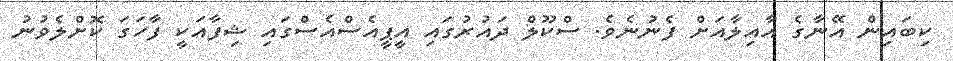
ކިބައިން އޭނާގެ އާއިލާއަށް ފެނުނެވެ. ސްކޫލް ދައުރުގައި އީޕީއެސްއެސްގައި ޝިފާއަކީ ފާހަގަ ކޮށްލެވުނު